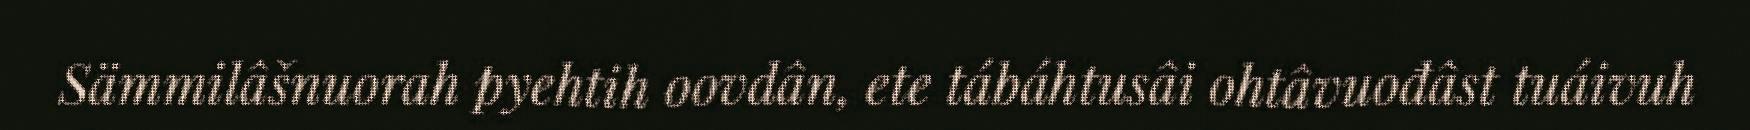
Sämmilâšnuorah pyehtih oovdân, ete tábáhtusâi ohtâvuođâst tuáivuh